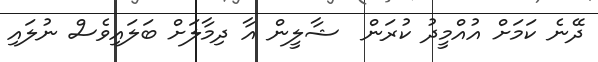
ދޭނެ ކަމަށް އުއްމީދު ކުރަން  ޝާލީން އާ ދިމާލަށް ބަލައިވެސް ނުލައި